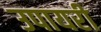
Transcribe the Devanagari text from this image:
उपायरी